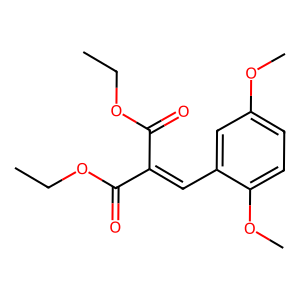
SMILES: CCOC(=O)C(=Cc1cc(OC)ccc1OC)C(=O)OCC
Inhibits HIV replication: No